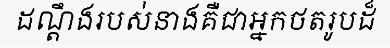
ដណ្តឹងរបស់នាងគឺជាអ្នកថតរូបដ៏